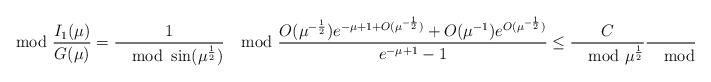
LaTeX: \begin{align*}\mod{\frac{I_1(\mu)}{G(\mu)}}&=\frac{1}{\mod{\sin(\mu^{\frac{1}{2}})}}\mod{\frac{O(\mu^{-\frac{1}{2}})e^{-\mu+1+O(\mu^{-\frac{1}{2}})}+O(\mu^{-1})e^{O(\mu^{-\frac{1}{2}})}}{e^{-\mu+1}-1}}\leq\frac{C}{\mod{\mu}^{\frac{1}{2}}}\frac{1}{\mod{\sin(\mu^{\frac{1}{2}})}}\frac{\mod{e^{-\mu+1}}+1}{\mod{e^{-\mu+1}-1}},\end{align*}